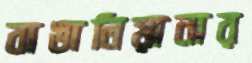
বাঙালিয়ানার